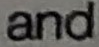
and